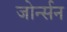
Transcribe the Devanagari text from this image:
जोर्न्सन